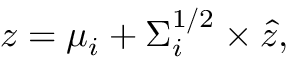
z = \mu _ { i } + \Sigma _ { i } ^ { 1 / 2 } \times \hat { z } ,